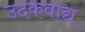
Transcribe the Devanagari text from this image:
उदकवाद्य